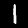
Digit: 1